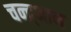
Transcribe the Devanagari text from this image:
चन्द्र्भान